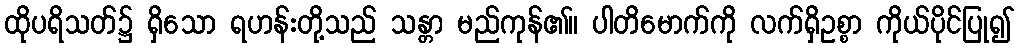
ထိုပရိသတ်၌ ရှိသော ရဟန်းတို့သည် သန္တာ မည်ကုန်၏။ ပါတိမောက်ကို လက်ရှိဥစ္စာ ကိုယ်ပိုင်ပြု၍